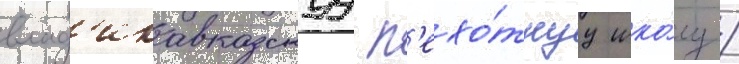
влад'икавказскуу п'ехо́тнуу шко́лу /